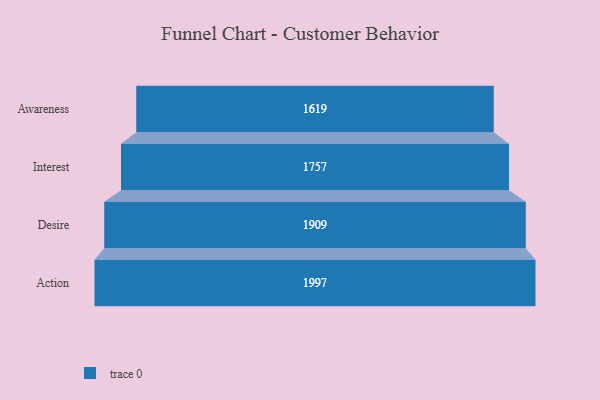
{"axis": {"x": "Stage", "y": "Value"}, "legend": [""], "data": [{"x": "Awareness", "y": 1619.0, "type": ""}, {"x": "Interest", "y": 1757.0, "type": ""}, {"x": "Desire", "y": 1909.0, "type": ""}, {"x": "Action", "y": 1997.0, "type": ""}]}